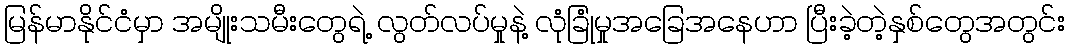
မြန်မာနိုင်ငံမှာ အမျိုးသမီးတွေရဲ့ လွတ်လပ်မှုနဲ့ လုံခြုံမှုအခြေအနေဟာ ပြီးခဲ့တဲ့နှစ်တွေအတွင်း